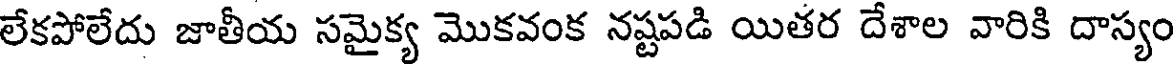
లేకపోలేదు జాతీయ సమైక్య మొకవంక నష్టపడి యితర దేశాల వారికి దాస్యం